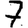
Digit: 7